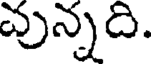
వున్నది.